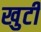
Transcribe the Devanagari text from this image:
खुटी